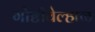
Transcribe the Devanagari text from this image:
गोष्टीवेल्हाळ